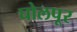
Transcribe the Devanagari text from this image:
घोलपूर